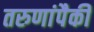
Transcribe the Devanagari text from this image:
तरुणांपैकी